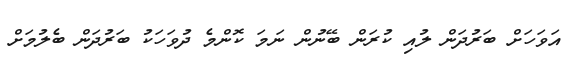
އަވަހަށް ބަރުދަން ލުއި ކުރަން ބޭނުން ނަމަ ކޮންމެ ދުވަހަކު ބަރުދަން ބެލުމަށް